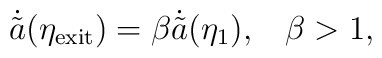
\dot{\tilde{a}}(\eta_{\rm exit})=\beta\dot{\tilde{a}}(\eta_1) ,\;\;\;\beta>1  ,